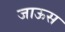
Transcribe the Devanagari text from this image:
जाऊस